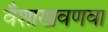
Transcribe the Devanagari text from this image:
वैशाखवणवा